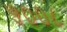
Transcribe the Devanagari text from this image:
५००८